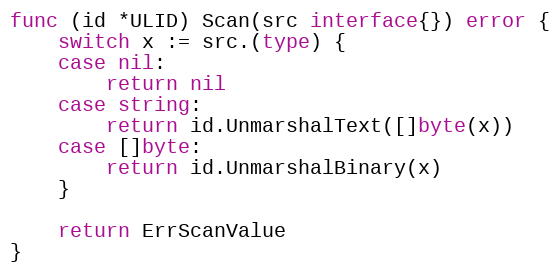
Language: Go
func (id *ULID) Scan(src interface{}) error {
	switch x := src.(type) {
	case nil:
		return nil
	case string:
		return id.UnmarshalText([]byte(x))
	case []byte:
		return id.UnmarshalBinary(x)
	}

	return ErrScanValue
}